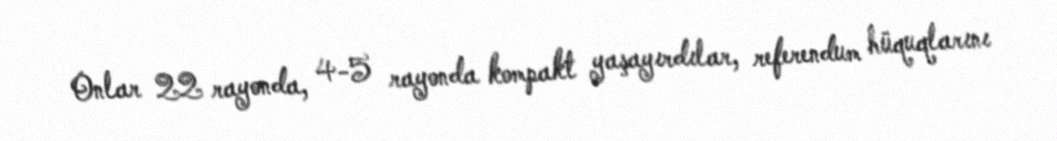
Onlar 22 rayonda, 4-5 rayonda kompakt yaşayırdılar, referendum hüquqlarını